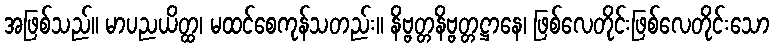
အဖြစ်သည်။ မာပညယိတ္ထ၊ မထင်စေကုန်သတည်း။ နိဗ္ဗတ္တနိဗ္ဗတ္တဋ္ဌာနေ၊ ဖြစ်လေတိုင်းဖြစ်လေတိုင်းသော